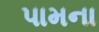
પામના